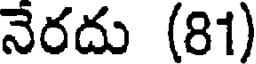
నేరదు (81)